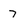
Character: 7